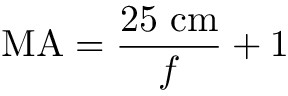
\mathrm { M A } = { \frac { 2 5 \ \mathrm { c m } } { f } } + 1 \quad